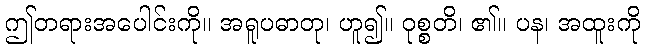
ဤတရားအပေါင်းကို။ အရူပဓာတု၊ ဟူ၍။ ဝုစ္စတိ၊ ၏။ ပန၊ အထူးကို